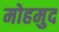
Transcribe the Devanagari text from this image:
मोहमुद